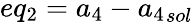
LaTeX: eq_{2}={a_{4}}-{a_{4}}_{sol}